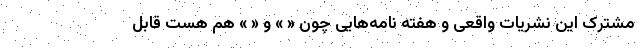
مشترک این نشریات واقعی و هفته‌ نامه‌هایی چون « » و « » هم هست قابل